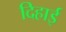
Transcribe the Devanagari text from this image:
दिहाई